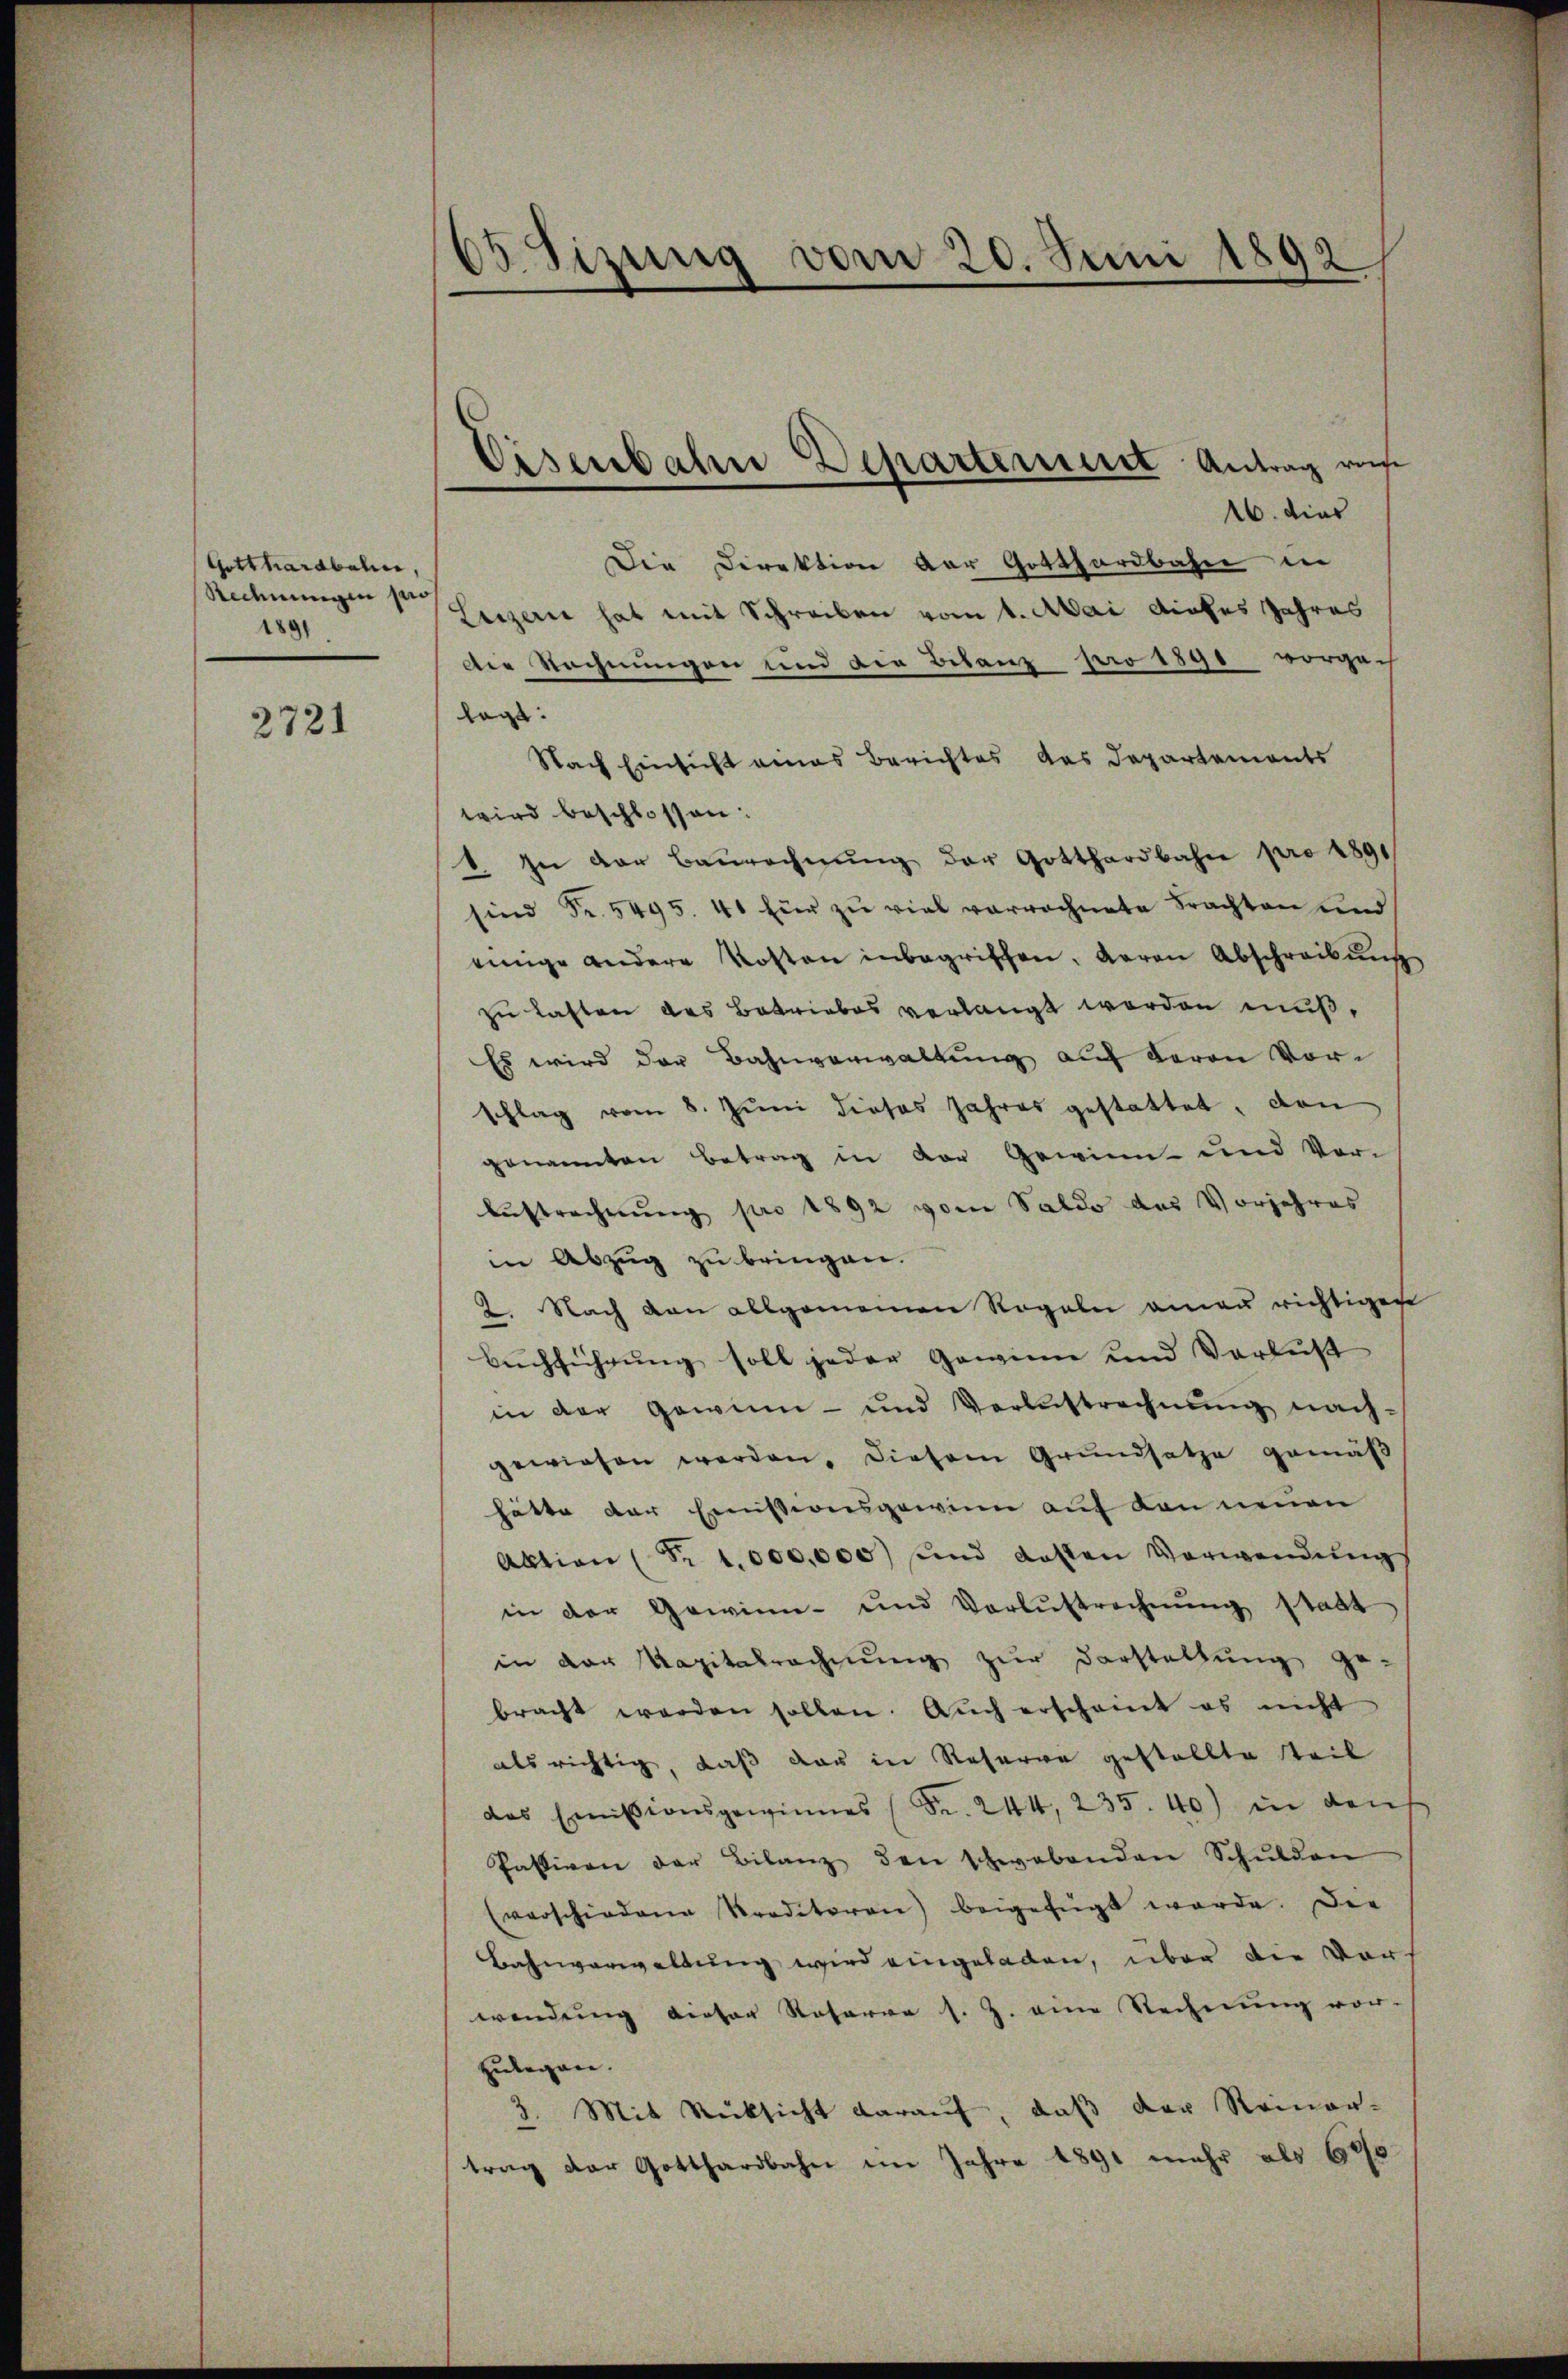
Gotthardbahn,
Rechnungen per
1891

2721

65 Tizung vom 20. Juni 1892

Eisenbahn Departeriert Antrag ref

16. dies
Die Direktion der Gotthardbahn in
Luzern hat mit Schreiben vom 1. Mai dieses Jahres
Die Rechnungen und die Bilanz pro 1890 vorgach
lagt:
Nach Einsicht eines Berichtes das Departements
wird beschlossen:
1. In der Baurechnŭng der Gotthardbahn pro 1891
sind Fr. 5495. 41 für zu viel verrechnete Frachten und
einige andere Kosten inbegriffen, Garan Abschreibŭng
zu lasten das Betriebes verlangt worden muß,
Es wird der Bahnverwaltung auf deron Vorschlag vom 8. Jŭni dieses Jahres gestattet, den
genannten Betrag in der Gewinn und Ver-
Bestrechnŭng pro 1892 vom Saldo des Vorjahres
in Abzug zu bringen.
2. Nach den allgemeinen Regeln amen richtigen
Buchführung soll jeder Gewinn und Verlust
in der gewinn- und Verlustrechnŭng nach-
gewiesen worden, diesem Grundsatze gemäß
hätte der Emissionsgewinn auf den neuen
Aktion (Nr. 1000,000 und Kosten Verwendŭng
in der Gewinn- und Verlustrechnŭng stadt
in der Kapitalrechnung zur Darstellung ge-
bracht werden sollen. Aŭch erscheint es nicht
als richtig, daß der in Reserva gestellte Steil
das Emissionsgewinnes (Fr. 244, 235. 40) in den
Passiven der Bilanz den schwabenden Schŭlden
(verschiedene Kreditoren) beigefügt werde. Die
Bahnverwaltung wird eingeladen, über die Vor-
wendung dieser Rosarra s. Z. eine Rechnung vor-
zulegen.
3. Mit Rücksicht daraŭf, daß der Reinar-
trag der Gotthardbahn im Jahre 1891 mehr als 600